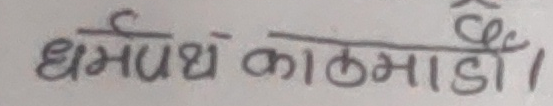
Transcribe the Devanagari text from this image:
धर्मपथ काठमाडौं।